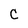
Character: C